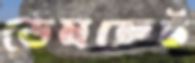
ডেমক্রেট